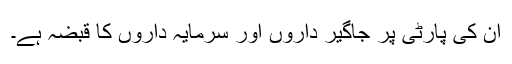
ان کی پارٹی پر جاگیر داروں اور سرمایہ داروں کا قبضہ ہے۔